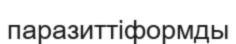
паразиттіформды